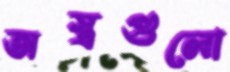
অস্ত্রগুলো